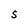
Character: 5